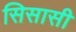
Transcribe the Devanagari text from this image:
सिसासी